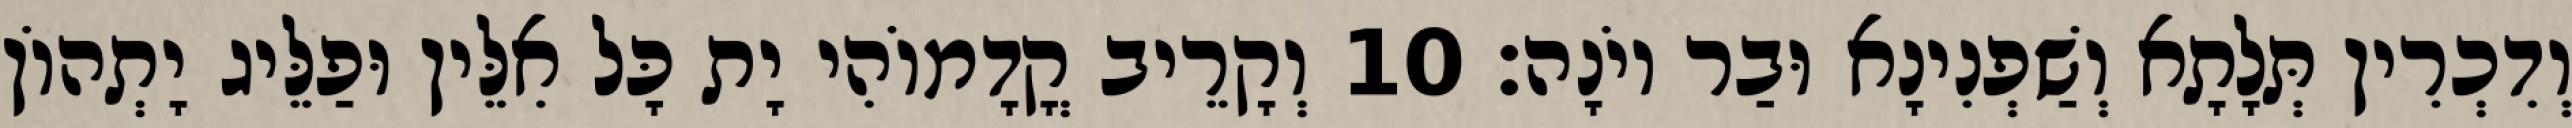
וְדִכְרִין תְּלָתָא וְשַׁפְנִינָא וּבַר יוֹנָה׃ 10 וְקָרֵיב קֳדָמוֹהִי יָת כָּל אִלֵּין וּפַלֵּיג יָתְהוֹן